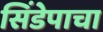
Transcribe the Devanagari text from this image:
सिंडेपाचा